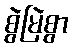
စွဲမြဲစွာ